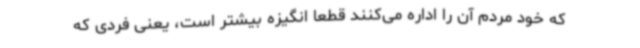
که خود مردم آن را اداره می‌کنند قطعا انگیزه بیشتر است، یعنی فردی که